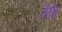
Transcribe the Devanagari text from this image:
तैफे